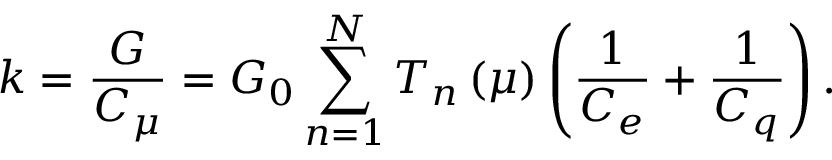
k = \frac { G } { C _ { \mu } } = G _ { 0 } \sum _ { n = 1 } ^ { N } T _ { n } \left( \mu \right) \left( \frac { 1 } { C _ { e } } + \frac { 1 } { C _ { q } } \right) .